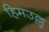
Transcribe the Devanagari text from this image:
हिमउल्लू